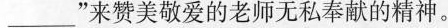
___”来赞美敬爱的老师无私奉献的精神。